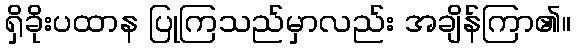
ရှိခိုးပထာန ပြုကြသည်မှာလည်း အချိန်ကြာ၏။